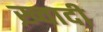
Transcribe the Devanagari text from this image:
ख़्वादी